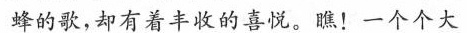
蜂的歌，却有 着丰收的喜悦。瞧！一个个大